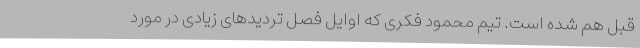
قبل هم شده است. تیم محمود فکری که اوایل فصل تردیدهای زیادی در مورد